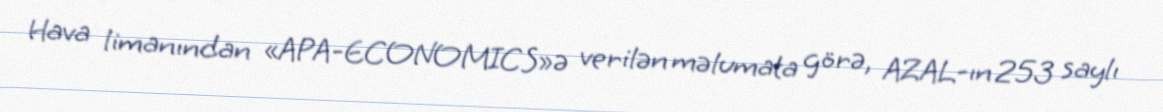
Hava limanından «APA-ECONOMICS»ə verilən məlumata görə, AZAL-ın 253 saylı